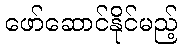
ဖော်ဆောင်နိုင်မည့်